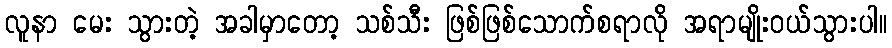
လူနာ မေး သွားတဲ့ အခါမှာတော့ သစ်သီး ဖြစ်ဖြစ်သောက်စရာလို အရာမျိုးဝယ်သွားပါ။